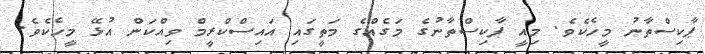
ޕާކިސްތާނު މީހެކެވެ. މިއީ ޕާކިސްތާނުގެ މަގެއްގެ މަތީގައި އައިސްކްރީމް ވިއްކަން އުޅޭ މީހެކެވެ.